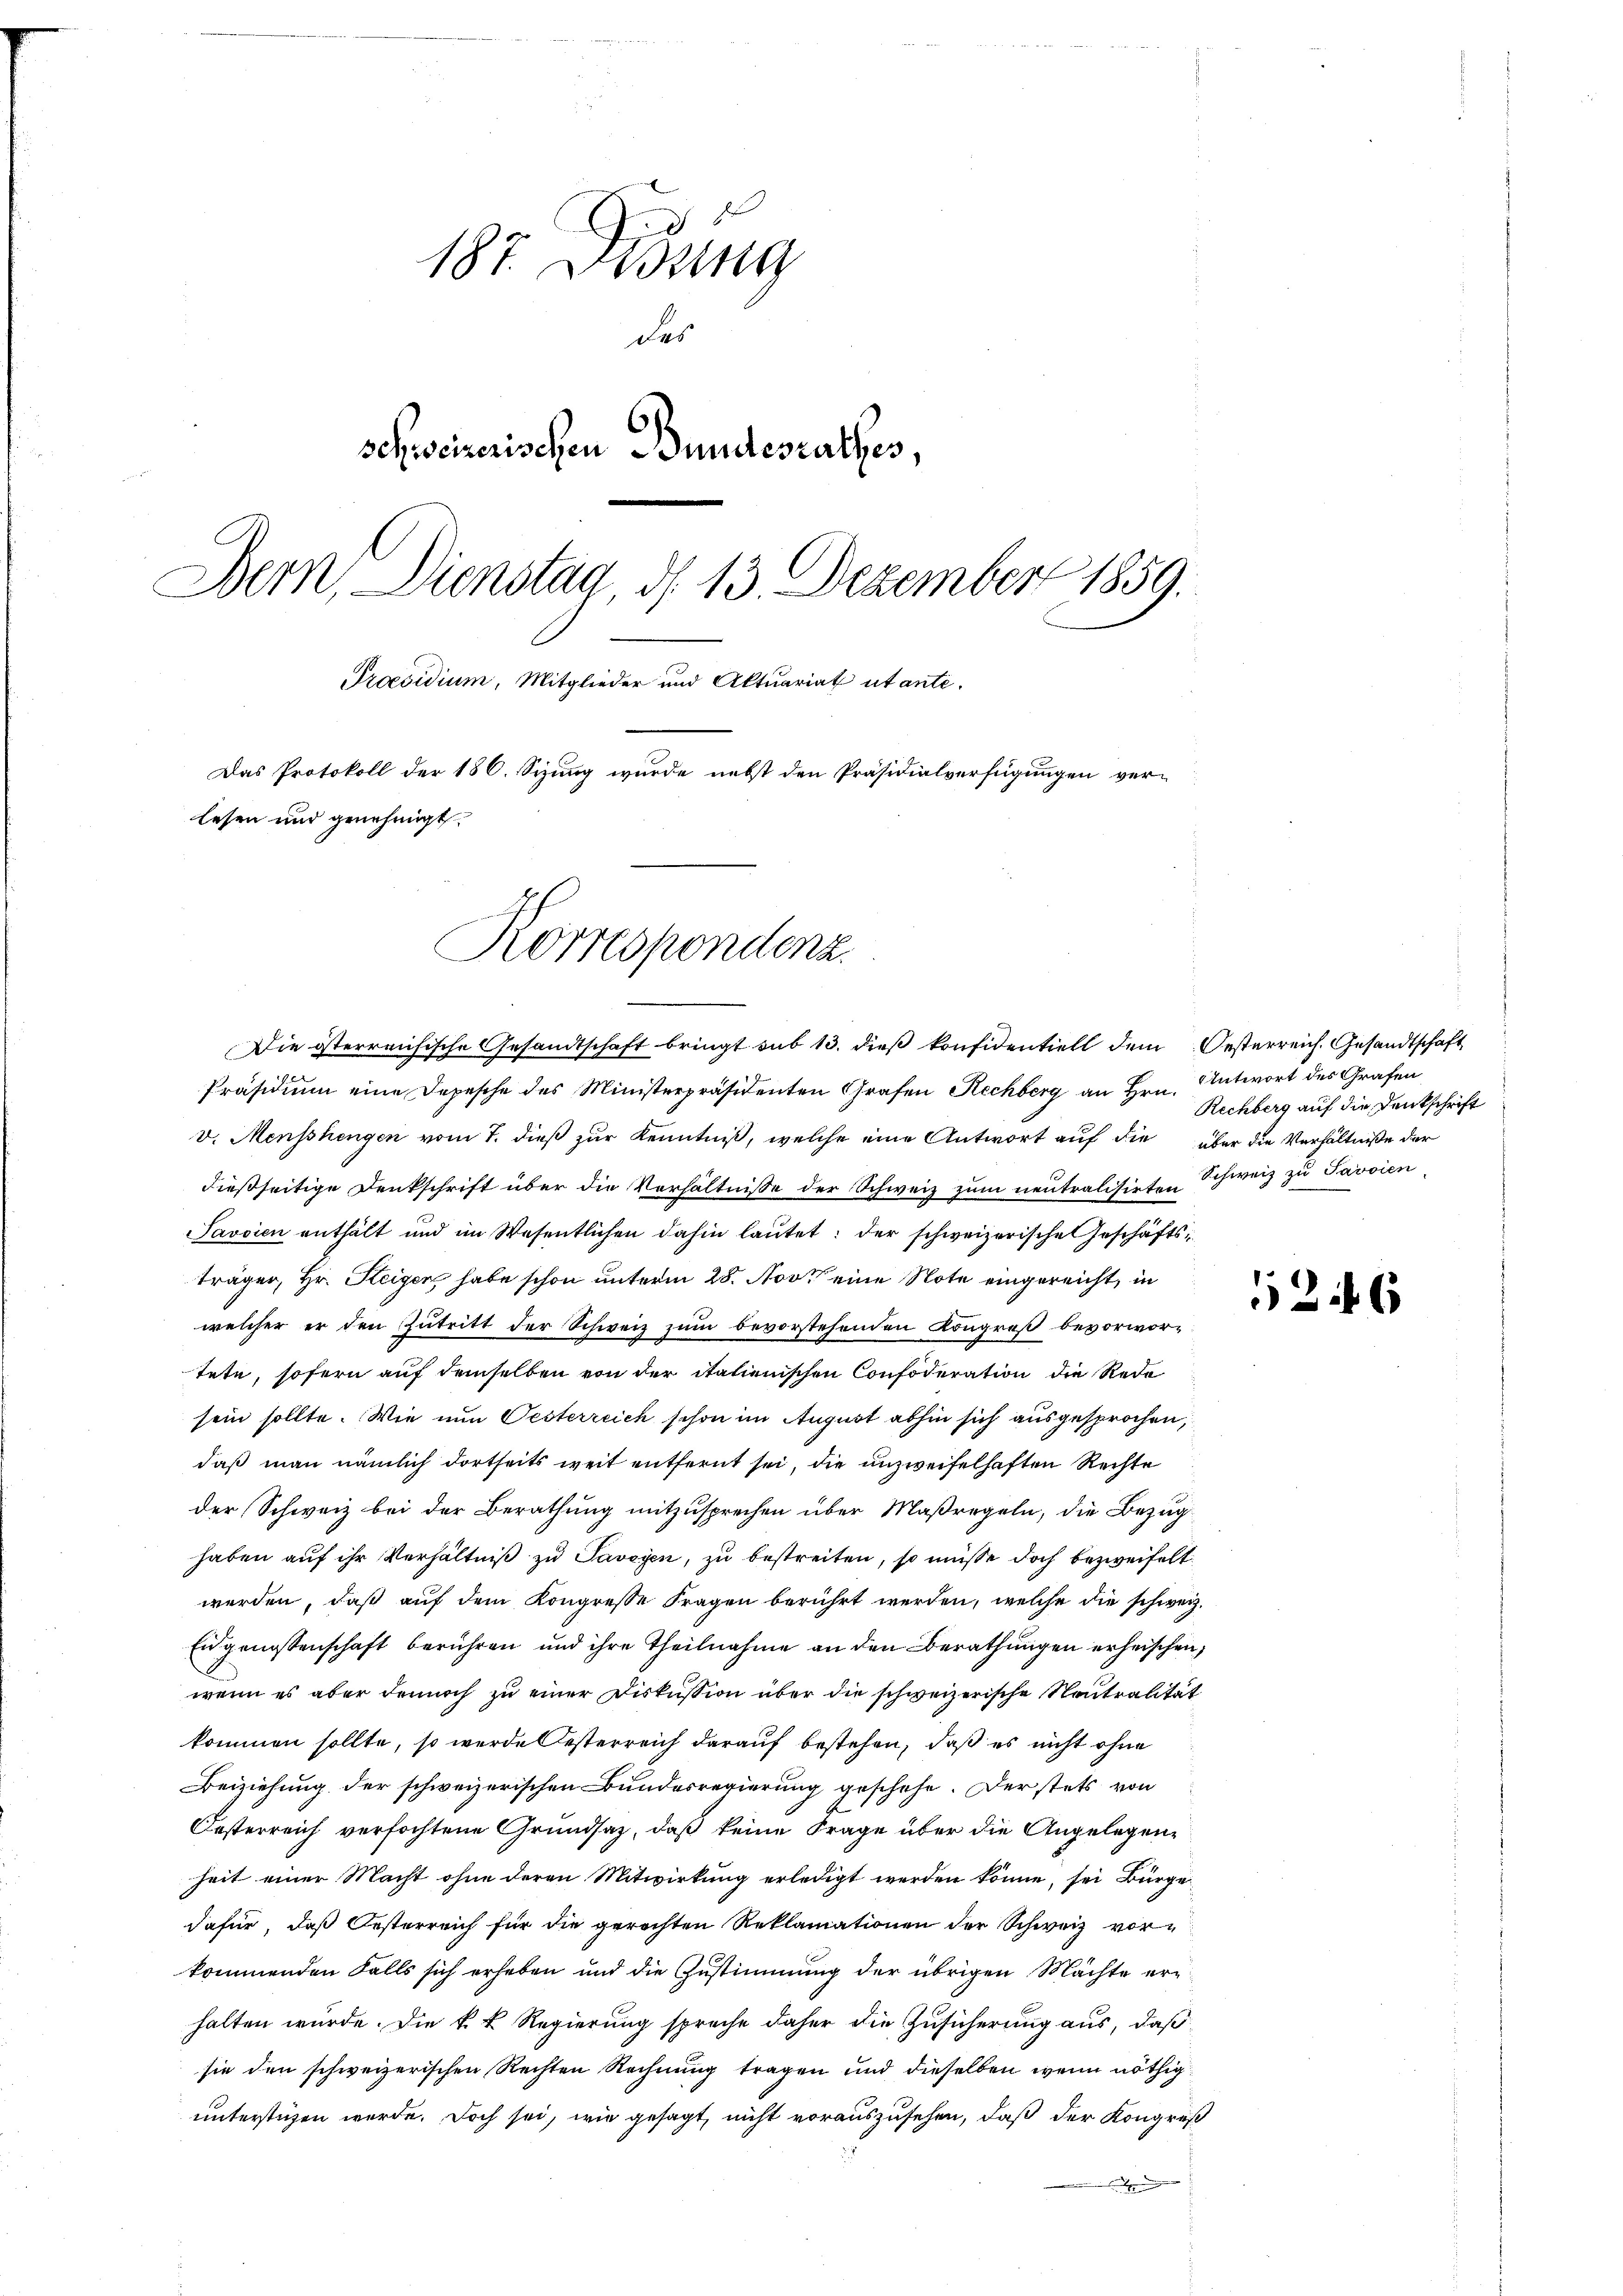
187. Didung
das
schweizerischen Bundesrathes,
Bern, Dienstag, d. 13. Dezember 1859.
Proesidium, Mitglieder und Aktuariat utante.
Das Protokoll der 186. Sizung wurde nebst den Präsidialverfügungen ver-
lesen und genehmigt.
Korrespondenz.

Die österreichische Gesandtschaft bringt sub 13. dieß konfidentiell dem Oesterreich. Gesandtschaft
Präsidium eine Depesche des Ministerpräsidenten Grafen Rechberg an Hrn. Antwort des Grafen
v. Menschengen vom 7. dieß zur Kenntniß, welche eine Antwort auf die über die Verhältniße der
dießseitige Denkschrift über die Verhältnisse der Schweiz zum neutralisirten Schweiz zu Savoien
Javsien enthält und im Wesentlichen dahin laŭtet: der schweizerische Geschäftsträger, Hr. Steigen habe schon unterm 28. Nov. eine Note eingereicht, in
welcher er den Zutritt der Schweiz zum bevorstehenden Kongreß bevorwortete, sofern auf demselben von der italienischen Confoderation die Rede
sein sollte. Wie nun Oesterreich schon im August abhin sich ausgesprochen,
daß man nämlich dortseits weit entfernt sei, die unzweifelhaften Rechte
der Schweiz bei der Berathung mitzusprechen über Maßregeln, die Bezug
haben auf ihr Verhältniß zu Saveyen, zu bestreiten, so müsse doch bezweifelt
werden, daß auf dem Kongresse Fragen berührt werden, welche die schweiz.
Eugenossenschaft berühren und ihre Theilnahme an den Berathungen erheischen,
wenn es aber dennoch zŭ einer Diskussion über die schweizerische Neutralität
kommen sollte, so werde Oesterreich darauf bestehen, daß es nicht ohne
Beiziehung der schweizerischen Bundesregierung geschehe. Der stets von
Casterreich verfochtene Grundsaz, daß keine Frage über die Angelegenheit einer Macht ohne deren Mitwirkung erledigt werden könne, sei Bürge
dafür, daß Oesterreich für die gerechten Reklamationen der Schweiz vorkommenden Falls sich erheben und die Zustimmung der übrigen Mächte erhalten würde. Die k. k. Regierung spreche daher die Zusicherung aus, daß
sie den schweizerischen Rechten Rechnung tragen und dieselben wenn nöthig
unterstüzen werde. Doch sei, wie gesagt, nicht vorauszusehen, daß der Kongreß

Rechberg auf die Denkschrift

526